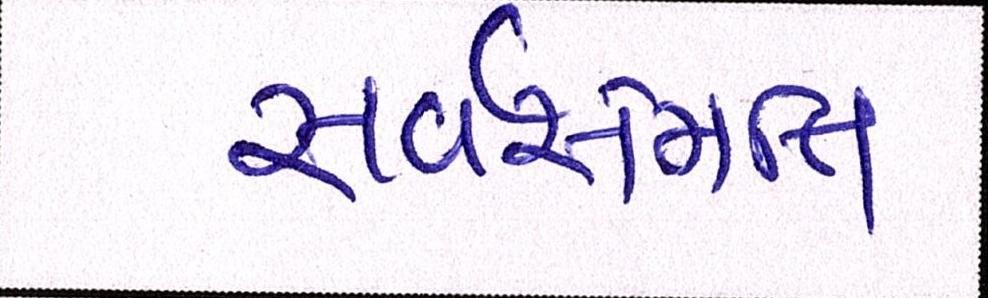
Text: સર્વસંમતિ